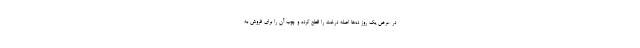
در عرض یک روز ده‌ها اصله درخت را قطع کرده و چوب آن را برای فروش به